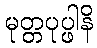
မုတ္တပုပ္ဖါနိ